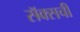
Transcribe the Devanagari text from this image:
सॅक्सची